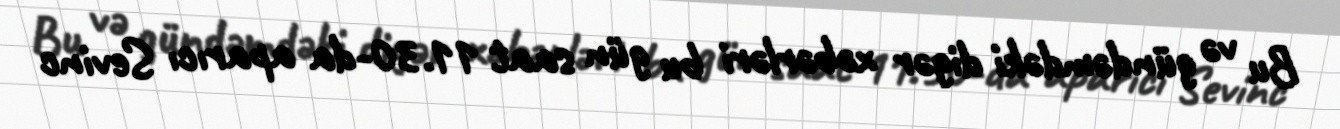
Bu və gündəmdəki digər xəbərləri bu gün saat 11.30-da aparıcı Sevinc